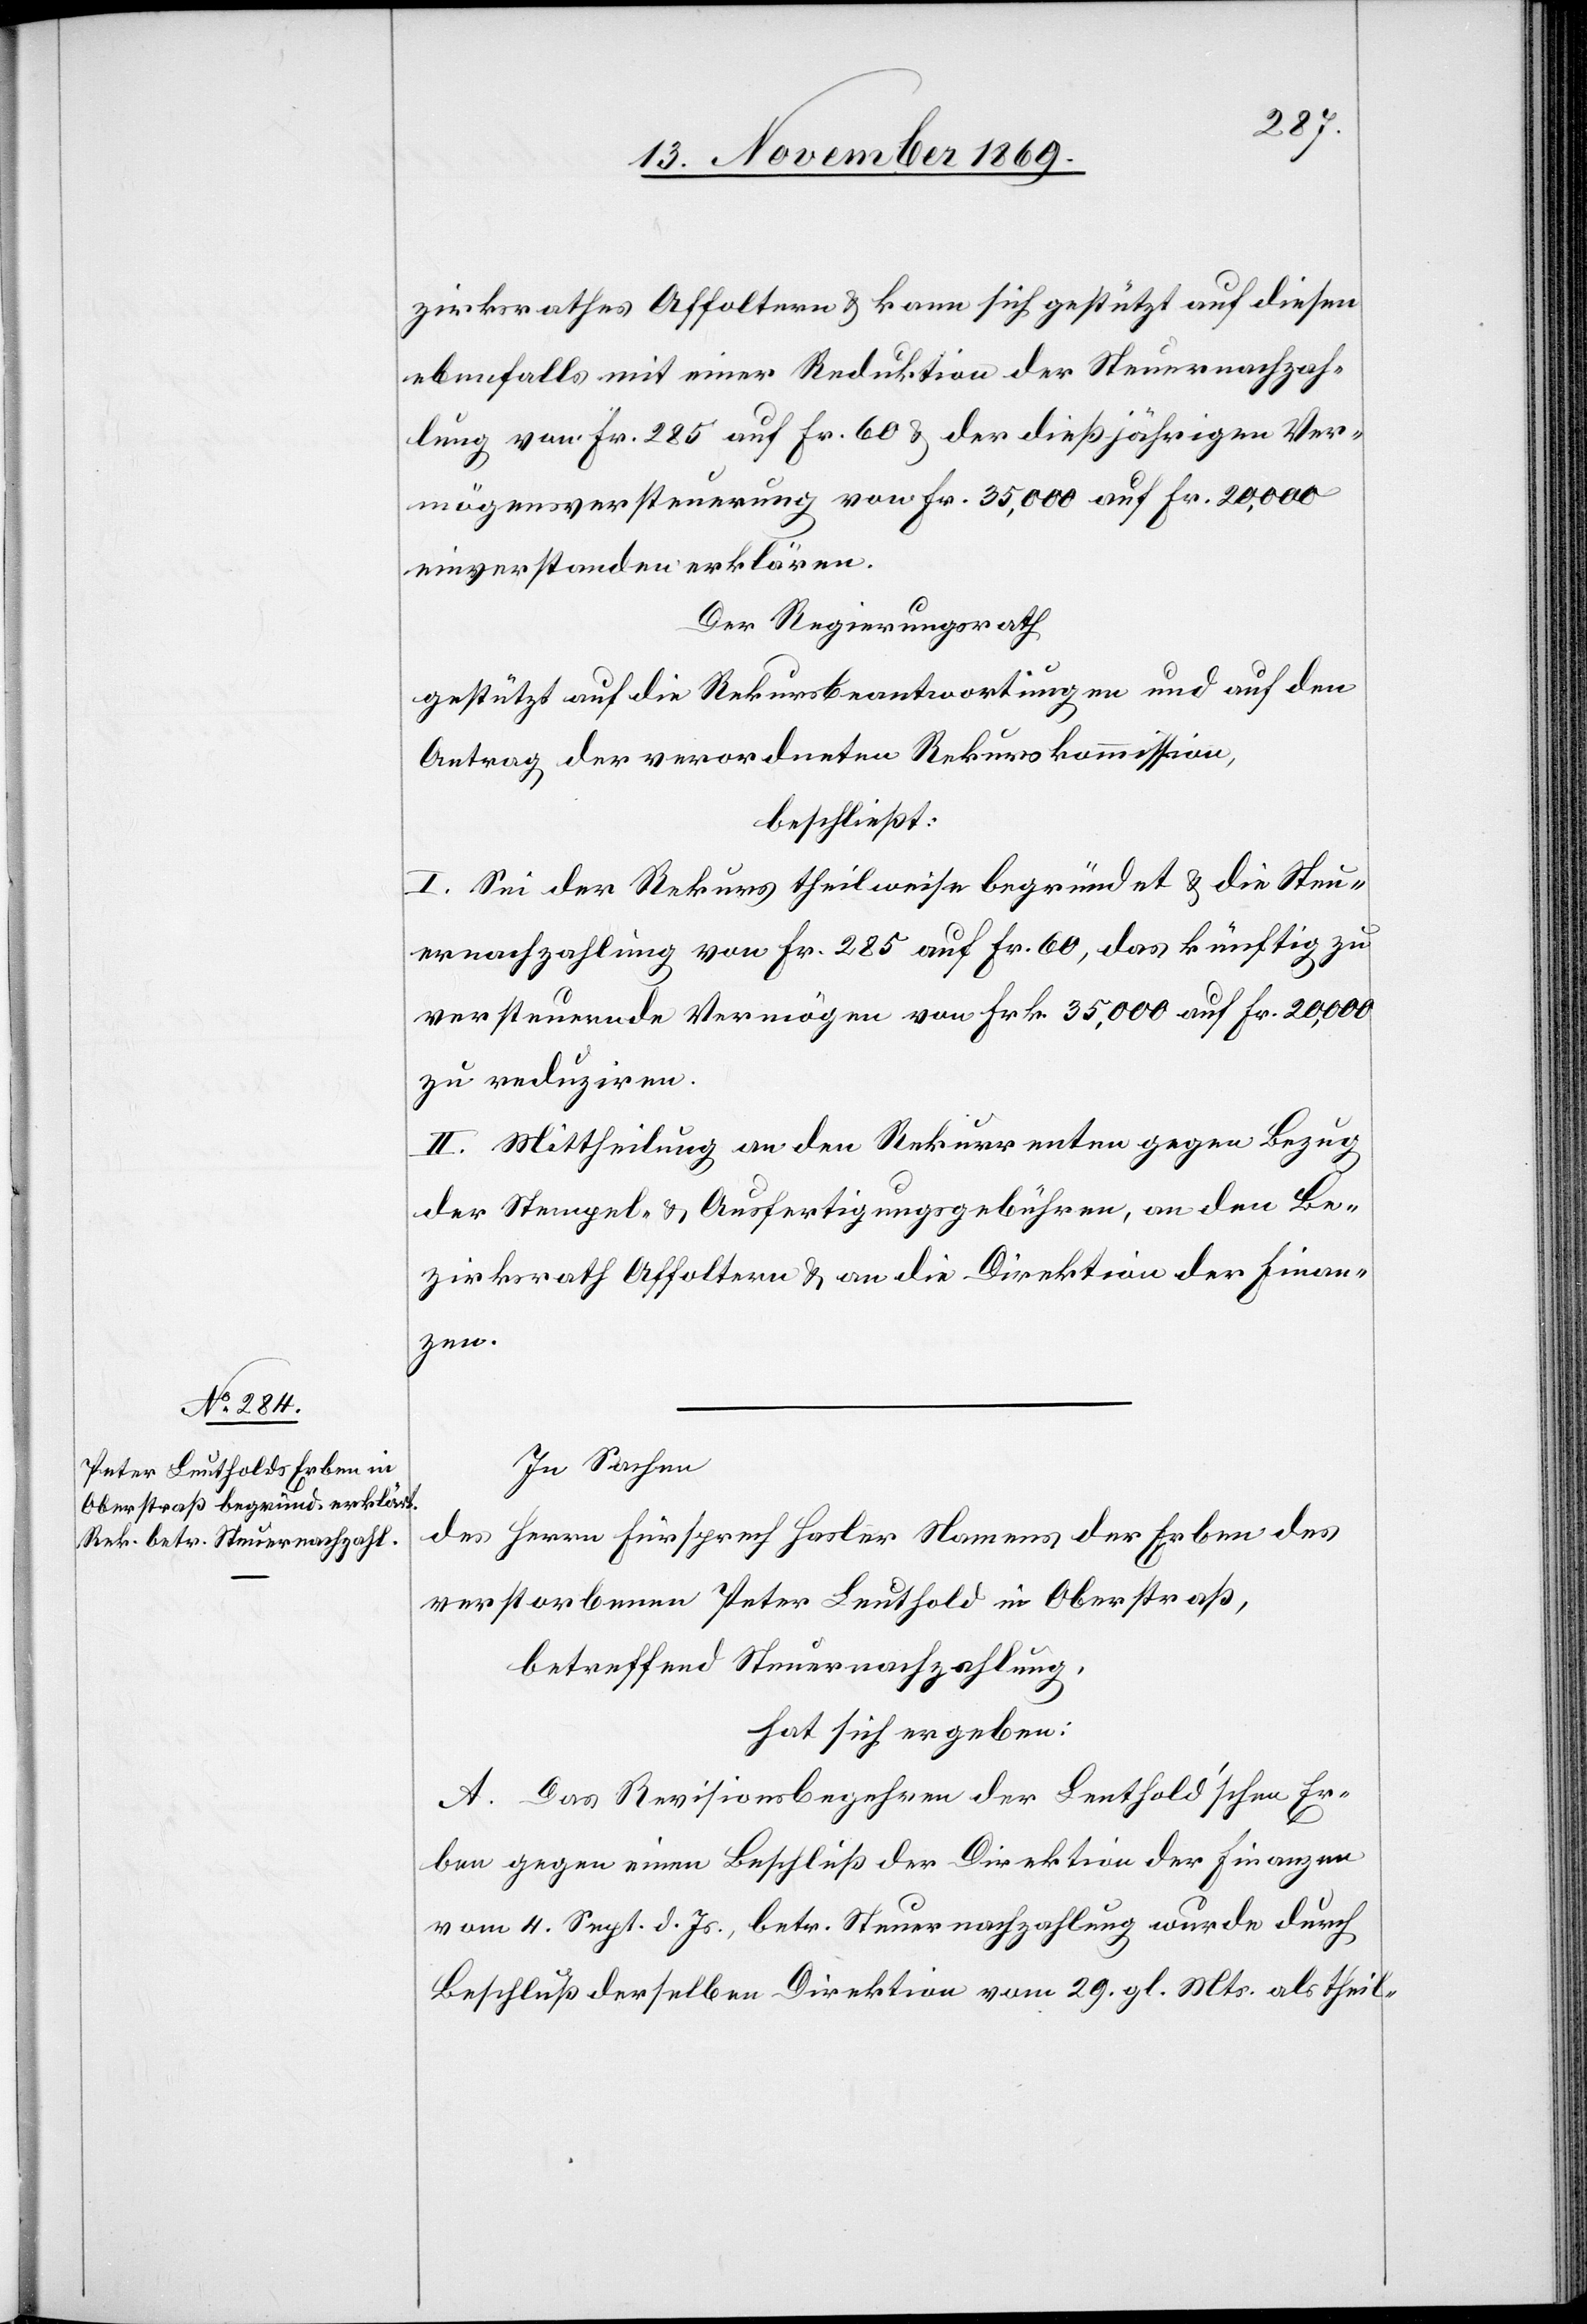
zirksrathes Affoltern & kann sich gestützt auf diesen
ebenfalls mit einer Reduktion der Steuernachzah¬
lung von Fr. 285 auf Fr. 60 & der dießjährigen Ver¬
mögensversteuerung von Fr. 35,000 auf Fr. 20,000
einverstanden erklären.
Der Regierungsrath
gestützt auf die Rekursbeantwortungen und auf den
Antrag der verordneten Rekurskommission,
beschließt:
I. Sei der Rekurs theilweise begründet & die Steu¬
ernachzahlung von Fr. 285 auf Fr. 60, das künftig zu
versteuernde Vermögen von Frk. 35,000 auf Fr. 20,000
zu reduziren.
II. Mittheilung an den Rekurrenten gegen Bezug
der Stempel- & Ausfertigungsgebühren, an den Be¬
zirksrath Affoltern & an die Direktion der Finan¬
zen.
In Sachen
Herrn Fürsprech Hasler Namens der Erben des
des
verstorbenen Peter Leuthold in Oberstraß,
betreffend Steuernachzahlung,
hat sich ergeben:
A. Das Revisionsbegehren der Leuthold’schen Er¬
ben gegen einen Beschluß der Direktion der Finanzen
vom 4. Sept. d. Js., betr. Steuernachzahlung wurde durch
Beschluß derselben Direktion vom 29. gl. Mts. als theil-